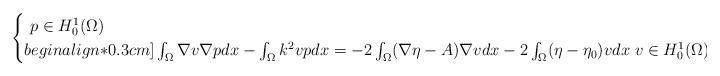
LaTeX: \begin{align*} \begin{cases} \,\,p\in H^1_0(\Omega)\,\,\,\,\\begin{align*}0.3cm] \int_{\Omega}\nabla v\nabla p dx-\int_{\Omega}k^2 v pdx=-2\int_{\Omega}(\nabla\eta-A)\nabla vdx-2\int_{\Omega}(\eta-\eta_0)vdx\;v\in H^1_0(\Omega). \end{cases} \end{align*}